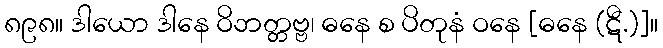
၈၉၈။ ဒါယော ဒါနေ ဝိဘတ္တဗ္ဗ၊ ဓနေ စ ပိတုနံ ဝနေ [ဓနေ (ဋီ.)]။